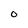
Character: O